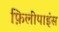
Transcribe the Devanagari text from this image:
फ़िलीपाइंस